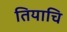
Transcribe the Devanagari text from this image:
तियाचि